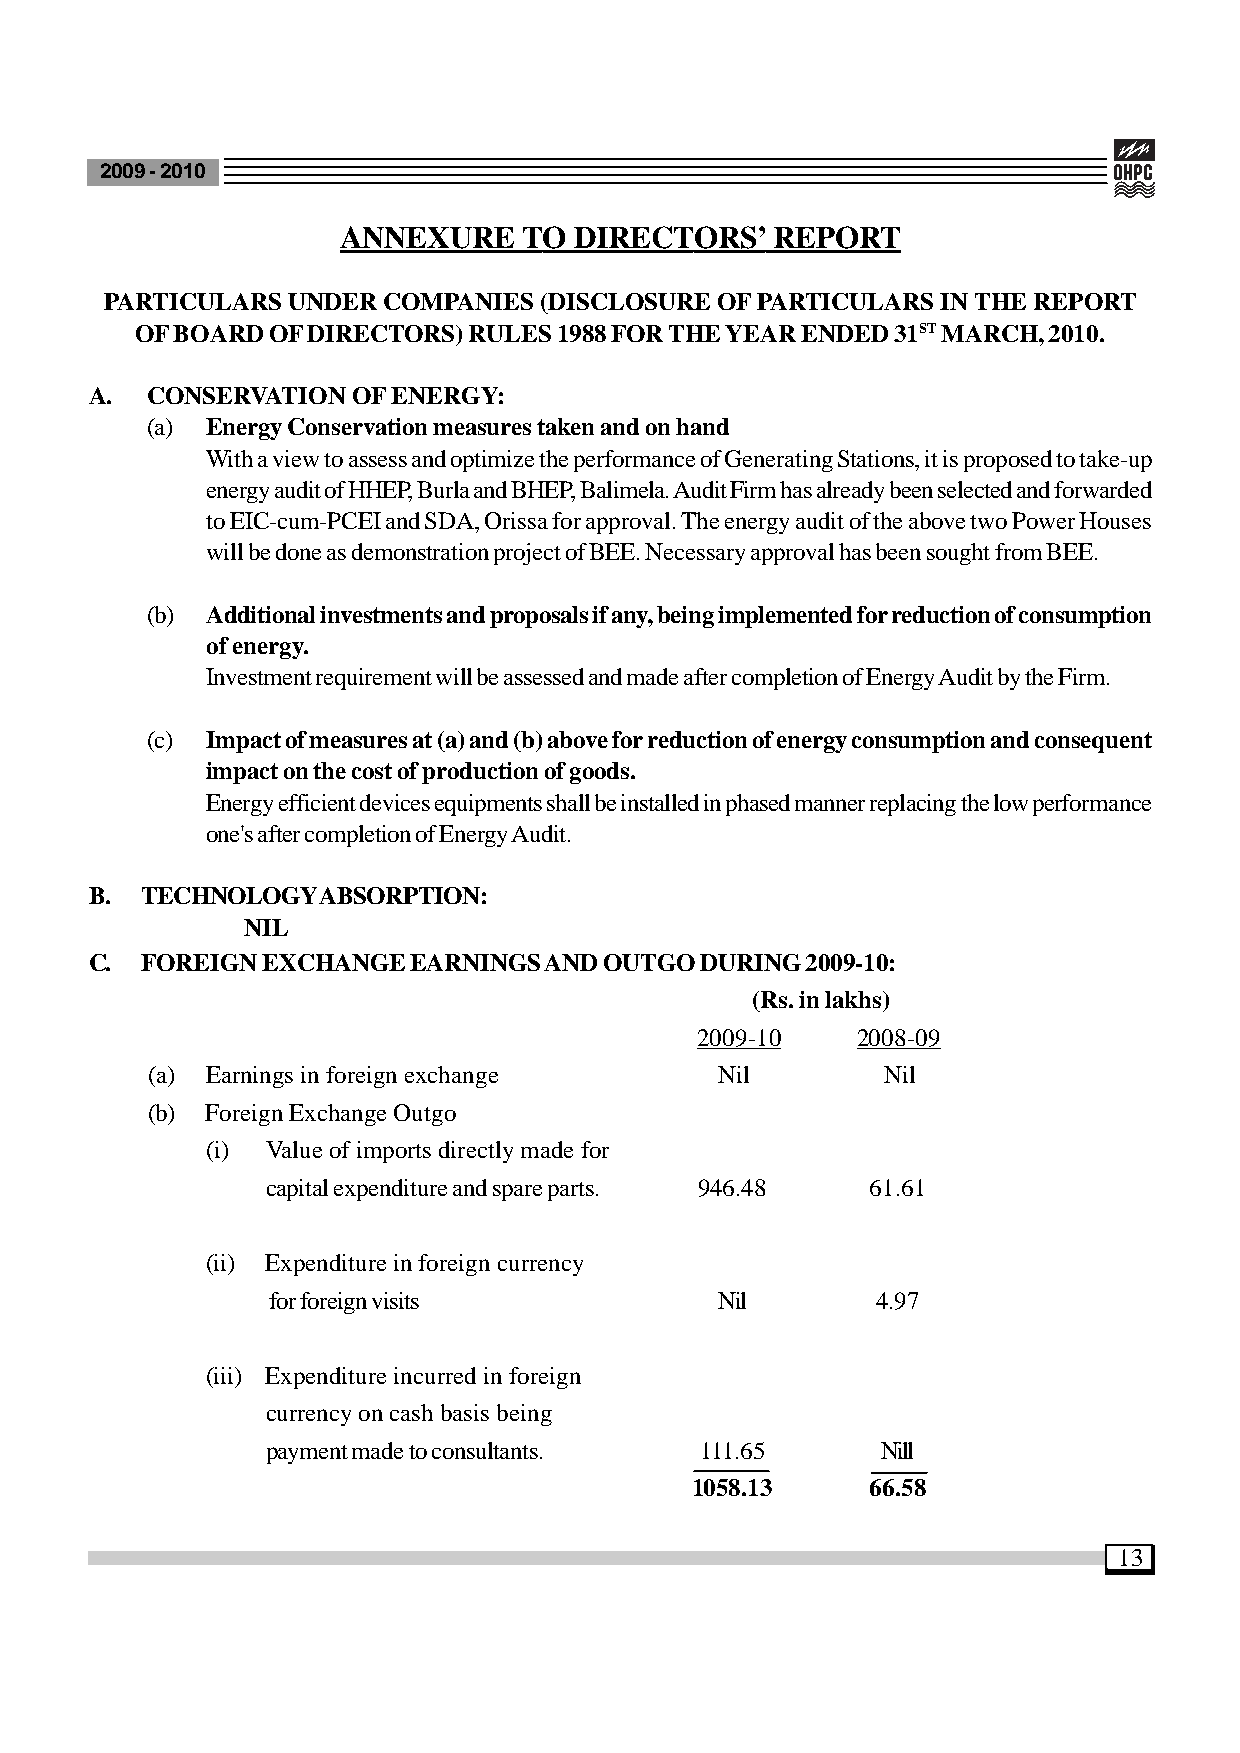
2009 - 2010
 ANNEXURE     TO DIRECTORS’   REPORT
 PARTICULARS UNDER COMPANIES  (DISCLOSURE OF PARTICULARS IN THE REPORT
 OF BOARD OF DIRECTORS) RULES 1988 FOR THE YEAR ENDED 31ST MARCH, 2010.
 A.  CONSERVATION OF ENERGY:
 (a) Energy Conservation measures taken and on hand
 With a view to assess and optimize the performance of Generating Stations, it is proposed to take-up
 energy audit of HHEP, Burla and BHEP, Balimela. Audit Firm has already been selected and forwarded
 to EIC-cum-PCEI and SDA, Orissa for approval. The energy audit of the above two Power Houses
 will be done as demonstration project of BEE. Necessary approval has been sought from BEE.
 (b) Additional investments and proposals if any, being implemented for reduction of consumption
 of energy.
 Investment requirement will be assessed and made after completion of Energy Audit by the Firm.
 (c) Impact of measures at (a) and (b) above for reduction of energy consumption and consequent
 impact on the cost of production of goods.
 Energy efficient devices equipments shall be installed in phased manner replacing the low performance
 one's after completion of Energy Audit.
 B. TECHNOLOGY  ABSORPTION:
 NIL
 C. FOREIGN EXCHANGE  EARNINGS AND OUTGO DURING 2009-10:
 (Rs. in lakhs)
 2009-10    2008-09
 (a) Earnings in foreign exchange      Nil        Nil
 (b) Foreign Exchange Outgo
 (i) Value of imports directly made for
 capital expenditure and spare parts. 946.48 61.61
 (ii) Expenditure in foreign currency
 for foreign visits            Nil       4.97
 (iii) Expenditure incurred in foreign
 currency on cash basis being
 payment made to consultants. 111.65     Nill
 1058.13     66.58
 13